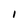
Character: I